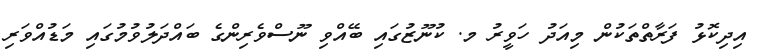
އިދިކޮޅު ފަރާތްތަކުން މިއަދު ހަވީރު މ. ކުނޫޒުގައި ބޭއްވި ނޫސްވެރިންގެ ބައްދަލުވުމުގައި މަޑުއްވަރި